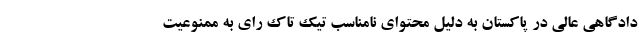
دادگاهی عالی در پاکستان به دلیل محتوای نامناسب تیک تاک رای به ممنوعیت